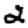
Digit: 2